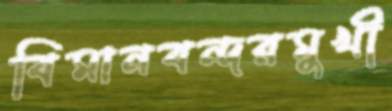
বিমানবন্দরমুখী